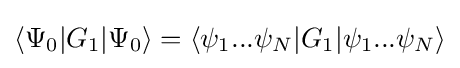
\langle \Psi _{0}|G_{1}|\Psi _{0}\rangle =\langle \psi _{1}...\psi _{N}|G_{1}|\psi _{1}...\psi _{N}\rangle